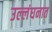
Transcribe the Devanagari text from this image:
उल्लंघनात